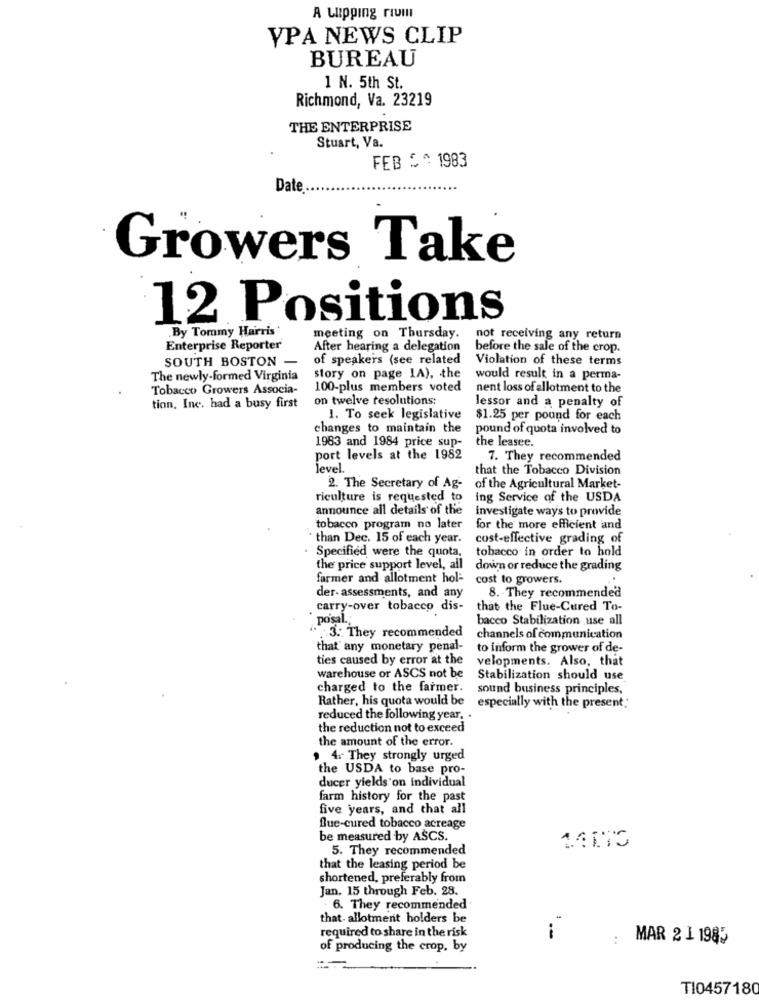
A LIpping rivm
VPA NEWS CLIP
BUREAU
1 N. 5th St.
Richmond, Va. 23219
THE ENTERPRISE
Stuart, Va.
FEB ^^ 1983
Date
Growers Take
12 Positions
By Tommy Harris
meeting on Thursday.
not receiving any return
Enterprise Reporter
After hearing a delegation
before the sale of the crop.
SOUTH BOSTON -
of speakers (see related
Violation of these terms
The newly-formed Virginia
story on page 1A), the
would result in a perma-
Tobacco Growers Associa-
100-plus members voted
nent loss of allotment to the
on twelve resolutions:
tion, Inc. had a busy first
lessor and a penalty of
1. To seek legislative
$1.25 per pound for each
changes to maintain the
pound of quota involved to
1983 and 1984 price sup-
the leasee.
port levels at the 1982
7. They recommended
level.
that the Tobacco Division
2. The Secretary of Ag-
of the Agricultural Market-
riculture is requested to
ing Service of the USDA
announce all details of the
investigate ways to provide
tobacco program no later
for the' more efficient and
than Dec. 15 of each year.
cost-effective grading of
Specified were the quota,
tobacco in order to hold
the price support level, all
down or reduce the grading
farmer and allotment hol-
cost to growers.
der- assessments, and any
8. They recommended
carry-over tobacco dis-
that the Flue-Cured To-
po'sal.
bacco Stabilization use all
. 3. They recommended
channels of communication
that any monetary penal-
to inform the grower of de-
ties caused by error at the
velopments. Also, that
warehouse or ASCS not be
Stabilization should use
charged to the farmer.
sound business principles,
Rather, his quota would be
especially with the present:
reduced the following year.
the reduction not to exceed
the amount of the error.
, 4+ They strongly urged
the USDA to base pro-
ducer yields on individual
farm history for the past
five years, and that all
flue-cured tobacco acreage
be measured by ASCS.
5. They recommended
that the leasing period be
shortened, preferably from
Jan. 15 through Feb. 28.
. 6. They recommended
that. allotment holders be
required to share in the risk
i
. .
MAR 2 1 1985
of producing the crop, by
TI0457180